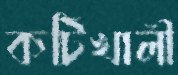
কটিখালী